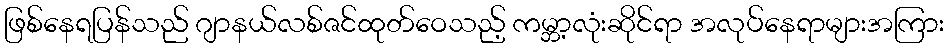
ဖြစ်နေရပြန်သည် ဂျာနယ်လစ်ဇင်ထုတ်ဝေသည့် ကမ္ဘာ့လုံးဆိုင်ရာ အလုပ်နေရာများအကြား